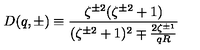
D ( q , \pm ) \equiv \frac { \zeta ^ { \pm 2 } ( \zeta ^ { \pm 2 } + 1 ) } { ( \zeta ^ { \pm 2 } + 1 ) ^ { 2 } \mp \frac { 2 \zeta ^ { \pm 1 } } { q R } }